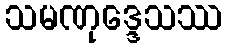
သမဏုဒ္ဒေသဿ